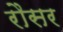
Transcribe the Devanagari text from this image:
रौसर